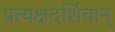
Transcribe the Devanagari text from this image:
प्रत्यक्षदर्शिवान्